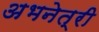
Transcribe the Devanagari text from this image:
अभनेत्री